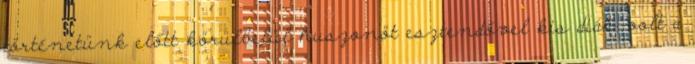
történetünk előtt körülbelül huszonöt esztendővel kis diák volt a